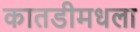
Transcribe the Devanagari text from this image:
कातडीमधला